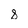
Character: 8